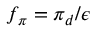
f _ { \pi } = \pi _ { d } / \epsilon